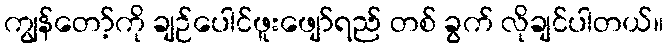
ကျွန်တော့်ကို ချဉ်ပေါင်ဖူးဖျော်ရည် တစ် ခွက် လိုချင်ပါတယ်။